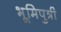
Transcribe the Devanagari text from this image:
भूमिपुत्री